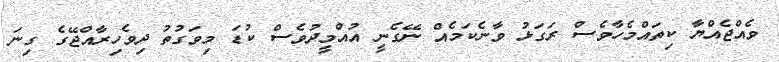
ވެއްޖެއްޔާ ކިތައްމެހާވެސް ރަގަޅު ވާނެކަމެއް ނޭގެނީ އުއްމީދުވެސް ކުޑަ މިވަގުތު ދިވެހިރާއްޖޭގެ ގިނަ